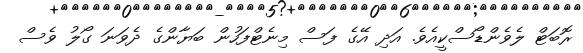
ރޮބަޓް ލެވެންޑޯސްކީއެވެ. އަދި އޭގެ ފަސް މިނެޓްފަހުން ބަޔާންގެ ދެވަނަ ގޯލު ވެސް